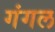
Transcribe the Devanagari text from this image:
गंगल